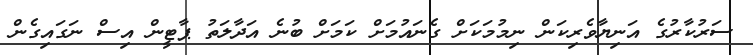
ސަރުކާރުގެ އަނިޔާވެރިކަން ނިމުމަކަށް ގެނައުމަށް ކަމަށް ބުނެ އަދާލަތު ޕާޓީން އިސް ނަގައިގެން